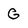
Character: G